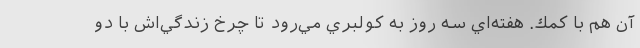
آن هم با كمك. هفته‌اي سه روز به كولبري مي‌رود تا چرخ زندگي‌اش با دو